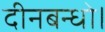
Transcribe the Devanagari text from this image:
दीनबन्धो।